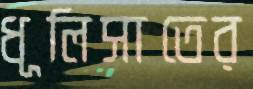
ধূলিসাতের